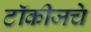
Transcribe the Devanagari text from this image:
टॉकीजचे